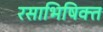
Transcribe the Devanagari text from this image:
रसाभिषिक्त